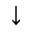
\downarrow